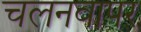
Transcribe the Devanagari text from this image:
चलनवापर